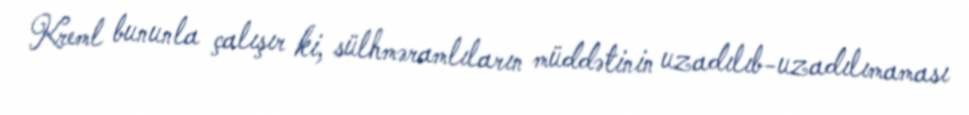
Kreml bununla çalışır ki, sülhməramlıların müddətinin uzadılıb-uzadılımaması